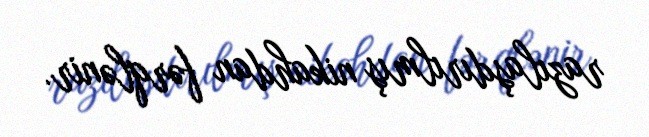
razılaşdırılmış nikahdan fərqlənir.